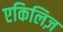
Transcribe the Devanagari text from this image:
एकिलिज़